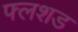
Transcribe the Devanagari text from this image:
फ्लशड